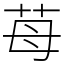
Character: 苺